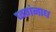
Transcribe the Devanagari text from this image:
जगंनाध